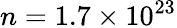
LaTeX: n=1.7\times 10^{23}